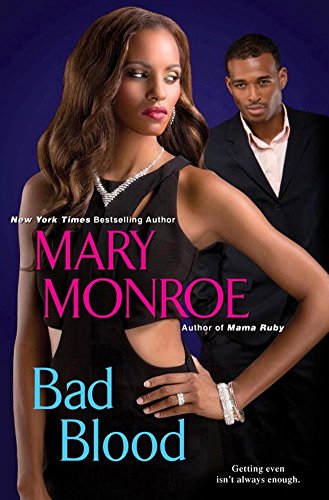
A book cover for Bad Blood; Mary Monroe; Literature & Fiction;